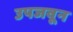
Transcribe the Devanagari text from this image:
उपजवून